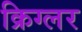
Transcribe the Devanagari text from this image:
क्रिग्लर